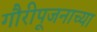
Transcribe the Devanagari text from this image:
गौरीपूजनाच्या